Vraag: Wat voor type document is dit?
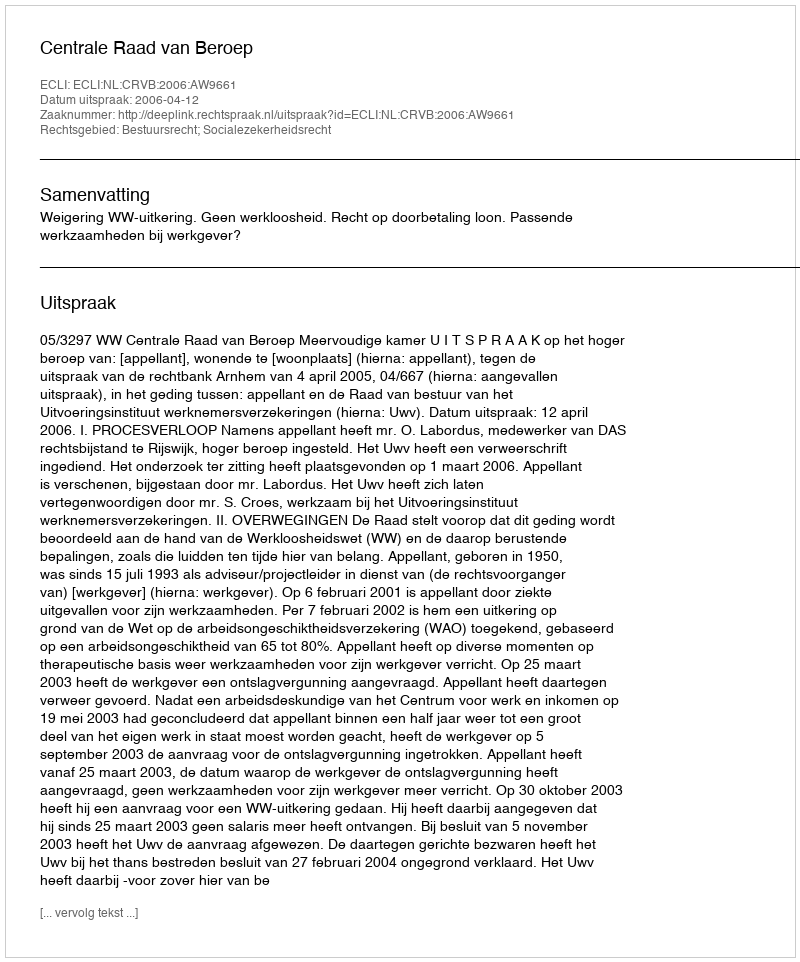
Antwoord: Uitspraak